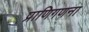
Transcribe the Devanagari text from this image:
प्राणिगणना